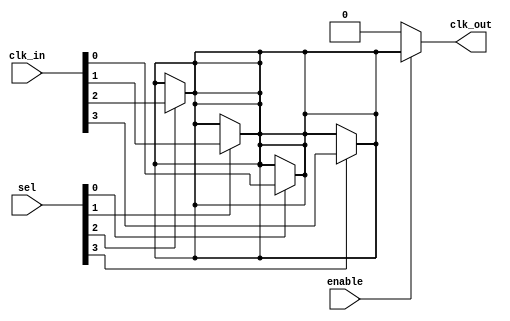
module cmux_buffer #(
    parameter NUM_CLKS = 4 // Number of clock inputs (e.g., 4 for CLK0, CLK1, CLK2, CLK3)
)(
    input wire [NUM_CLKS-1:0] clk_in,  // Multiple clock inputs
    input wire [NUM_CLKS-1:0] sel,     // Selection signal for clock input
    input wire enable,                  // Enable signal for clock output
    output wire clk_out                 // Clock output to memory blocks
);

    // Internal signal to hold the selected clock
    wire selected_clk;

    // Clock selection logic
    generate
        genvar i;
        for (i = 0; i < NUM_CLKS; i = i + 1) begin : clk_mux
            assign selected_clk = (sel[i]) ? clk_in[i] : selected_clk;
        end
    endgenerate

    // Buffering the selected clock signal
    wire buffered_clk;
    bufif1 (buffered_clk, selected_clk, enable); // Buffer with enable functionality

    // Assigning the output clock
    assign clk_out = enable ? buffered_clk : 1'b0; // Output clock is zero when disabled

endmodule